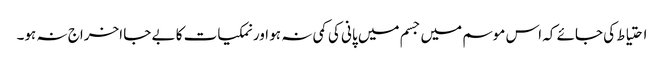
احتیاط کی جائے کہ اس موسم میں جسم میں پانی کی کمی نہ ہو اور نمکیات کا بے جا اخراج نہ ہو۔